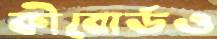
কীবোর্ডও